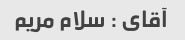
آقای : سلام مریم